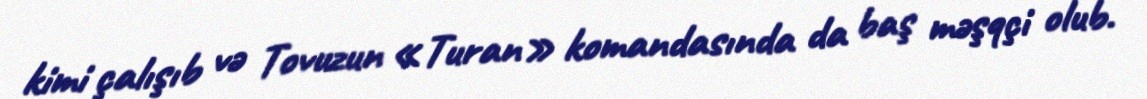
kimi çalışıb və Tovuzun «Turan» komandasında da baş məşqçi olub.